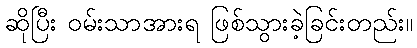
ဆိုပြီး ဝမ်းသာအားရ ဖြစ်သွားခဲ့ခြင်းတည်း။